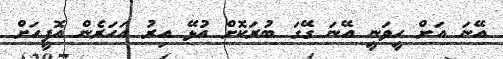
އޭނަ އަށް ހީވަނީ އޭނަ ގޭގަ ބުރަކޮށް އުޅޭ އިރު އަހަރެން އޮފީހަށް